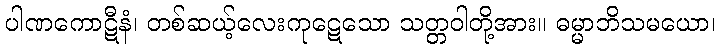
ပါဏကောဋီနံ၊ တစ်ဆယ့်လေးကုဋေသော သတ္တဝါတို့အား။ ဓမ္မာဘိသမယော၊